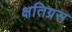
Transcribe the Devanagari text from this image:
क्षतिग्रस